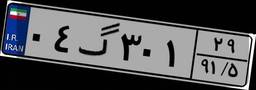
۰۴گ۳۰۱۲۹